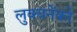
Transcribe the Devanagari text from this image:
लुक्यनेंको